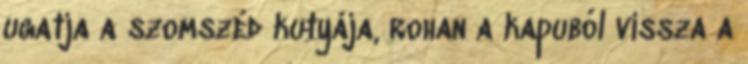
ugatja a szomszéd kutyája, rohan a kapuból vissza a